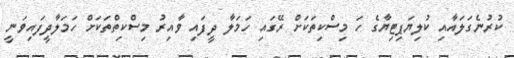
ކުރުނެގަލައާއި ކުލިޔަޕިޓިޔާގެ ހަ މިސްކިތަކަށް ރޭގައި ހަމަލާ ދީފައި ވާއިރު މިސްކިތްތަކަށް ހަމަލާދީފައިވަނީ